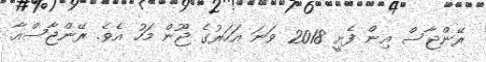
ރޭންޖާސް އިން ފެށީ 2018 ވަނަ އަހަރުގެ ޖޫން މަހު އެވެ. ރޭންޖާސްއާ